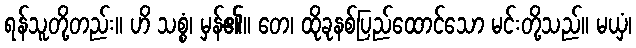
ရန်သူတို့တည်း။ ဟိ သစ္စံ၊ မှန်၏။ တေ၊ ထိုခုနစ်ပြည်ထောင်သော မင်းတို့သည်။ မယှံ၊